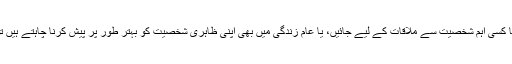
آپ جب بھی کسی خاص موقعہ یا کسی اہم شخصیت سے ملاقات کے لیے جائیں، یا عام زندگی میں بھی اپنی ظاہری شخصیت کو بہتر طور پر پیش کرنا چاہتے ہیں تو لباس کی ان غلطیوں سے بچیں۔